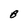
Character: B